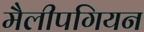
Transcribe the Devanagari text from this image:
मैलीपगियन